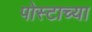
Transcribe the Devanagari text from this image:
पोस्टाच्या